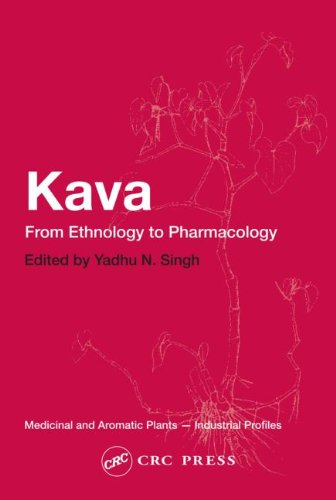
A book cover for Kava: From Ethnology to Pharmacology (Medicinal and Aromatic Plants - Industrial Profiles); Medical Books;